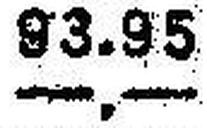
—.—